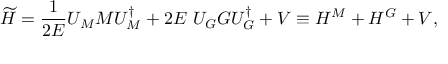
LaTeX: \widetilde { H } = \frac { 1 } { 2 E } U _ { M } M U _ { M } ^ { \dagger } + 2 E \ U _ { G } G U _ { G } ^ { \dagger } + V \equiv H ^ { M } + H ^ { G } + V ,